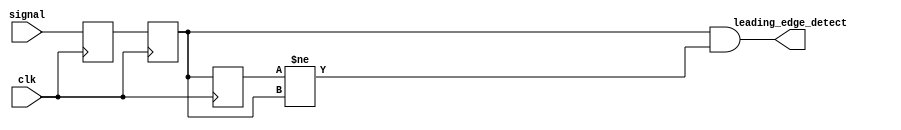
`default_nettype none
`timescale 1ns/1ps

module edge_detect (
    input wire signal,
    input wire clk,
    output wire leading_edge_detect
);

    reg q0, q1, q2;

    always @(posedge clk) begin
       q0 <= signal;
       q1 <= q0;
       q2 <= q1;
    end

    assign leading_edge_detect = q1 & (q2 != q1);   // leaving the leading edges

endmodule